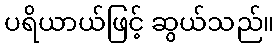
ပရိယာယ်ဖြင့် ဆွယ်သည်။